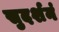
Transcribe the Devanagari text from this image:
सुदर्शनं